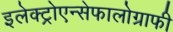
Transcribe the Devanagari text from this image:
इलेक्ट्रोएन्सेफालोग्राफी